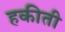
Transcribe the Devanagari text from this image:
हकीती